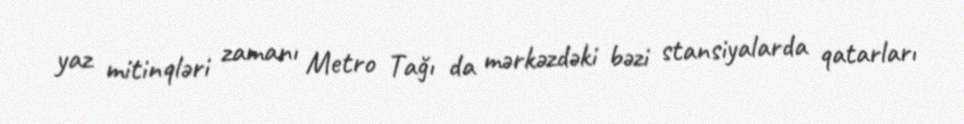
yaz mitinqləri zamanı Metro Tağı da mərkəzdəki bəzi stansiyalarda qatarları